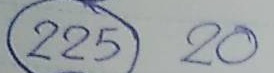
225 = 20